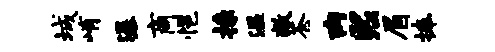
城峭瀑商悒掾温敞苍肉熙眉捧